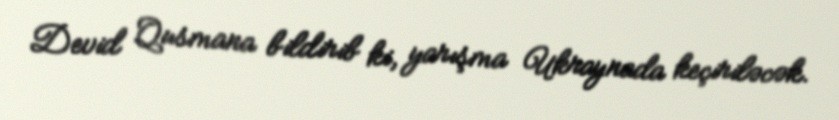
Devid Qusmana bildirib ki, yarışma Ukraynada keçiriləcək.